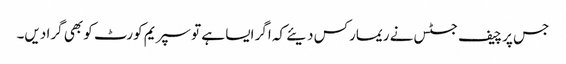
جس پر چیف جسٹس نے ریمارکس دیئے کہ اگر ایسا ہے تو سپریم کورٹ کو بھی گرا دیں۔